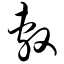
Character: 敷